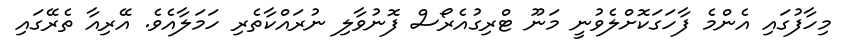
މިހާފުގައި އެންމެ ފާހަގަކޮށްލެވުނީ މަނޫ ޓްރިގުއެރޯސް ފޮނުވާލި ނުރައްކާތެރި ހަމަލާއެވެ. އޭރިއާ ތެރޭގައި